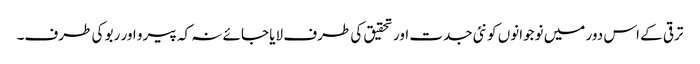
ترقی کے اس دور میں نوجوانوں کو نئی جدت اور تحقیق کی طرف لایا جائے نہ کہ پیرو اور ربو کی طرف۔